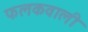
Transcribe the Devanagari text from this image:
फलकवाली